Vaccine operations Central Provinces 1868-1885 - 1868-1885
Year: 1868
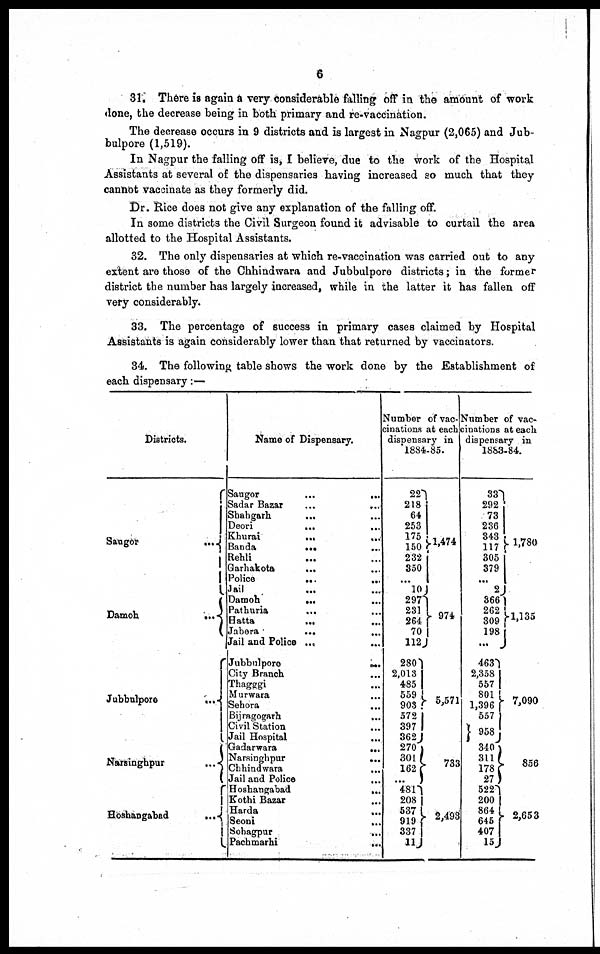
6
31. There is again a very considerable falling off in the amount of work
done, the decrease being in both primary and re-vaccination.
The decrease occurs in 9 districts and is largest in Nagpur (2,065) and Jub-
bulpore (1,519).
In Nagpur the falling off is, I believe, due to the work of the Hospital
Assistants at several of the dispensaries having increased so much that they
cannot vaccinate as they formerly did.
Dr. Rice does not give any explanation of the falling off.
In some districts the Civil Surgeon found it advisable to curtail the area
allotted to the Hospital Assistants.
32. The only dispensaries at which re-vaccination was carried out to any
extent are those of the Chhindwara and Jubbulpore districts; in the former
district the number has largely increased, while in the latter it has fallen off
very considerably.
33. The percentage of success in primary cases claimed by Hospital
Assistants is again considerably lower than that returned by vaccinators.
34. The following table shows the work done by the Establishment of
each dispensary: —
Districts.
Saugor
...
Damoh
...
Jubbulpore
...
Narsinghpur
...
Hoshangabad
...
Name of Dispensary.
Saugor
...
...
Sadar Bazar
...
...
Shahgarh ... ...
Deori
...
...
Khurai
...
...
Banda ... ...
Rehli ... ...
Garhakota ... ...
Police
...
...
Jail
...
...
Damoh ... ...
Pathuria ... ...
Hatta
...
...
Jabera
...
...
Jail and Police
...
...
Jubbulpore
...
City Branch ...
Thagggi ...
Murwara ...
Sehora ...
Bijragogarh ...
Civil Station ...
Jail Hospital
...
Gadarwara
...
Narsinghpur
...
Chhindwara
...
Jail and Police
...
Hoshangabad
...
Kothi Bazar
...
Harda
...
Seoni
...
Sohagpur
...
Pachmarhi
...
Number of vac-
cinations at each
dispensary in
1884-85.
22
218
64
253
175
150
232
350
...
10
297
231
264
70
112
280
2,013
485
559
903
572
397
362
270
301
162
...
481
208
537
919
337
11
1,474
974
5,571
733
2,493
Number of vac-
cinations at each
dispensary in
1883-84.
33
292
73
236
343
117
305
379
...
2
366
262
309
198
...
463
2,358
557
801
1,396
557
958
340
311
178
27
522
200
864
645
407
15
1,780
1,135
7,090
856
2,653